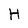
Character: H